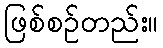
ဖြစ်စဉ်တည်း။